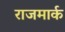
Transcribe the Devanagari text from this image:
राजमार्क